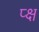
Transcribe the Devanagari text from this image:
प्क्ष